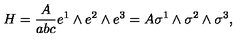
H = \frac A { a b c } e ^ { 1 } \wedge e ^ { 2 } \wedge e ^ { 3 } = A \sigma ^ { 1 } \wedge \sigma ^ { 2 } \wedge \sigma ^ { 3 } ,